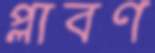
প্লাবণ